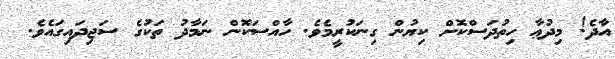
އާދެ! މިދުޢާ ހިތުދަސްކޮށް ކިޔުން ގިނަކުރީމެވެ. ހާއްސަކޮން ނަމާދު ތަކުގެ ސަޖިދައިގައެވެ.